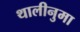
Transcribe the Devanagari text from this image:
थालीनुमा